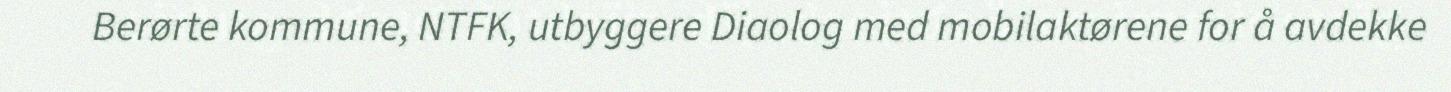
Berørte kommune, NTFK, utbyggere Diaolog med mobilaktørene for å avdekke